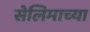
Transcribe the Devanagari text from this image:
सेलिमाच्या